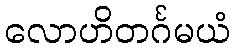
လောဟိတင်္ဂမယံ